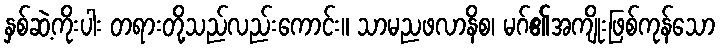
နှစ်ဆဲ့ကိုးပါး တရားတို့သည်လည်းကောင်း။ သာမညဖလာနိစ၊ မဂ်၏အကျိုးဖြစ်ကုန်သော